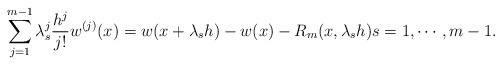
LaTeX: \begin{align*}\sum_{j=1}^{m-1} \lambda_s^j \frac{h^j}{j!} w^{(j)}(x) = w(x+\lambda_s h) - w(x) - R_m(x, \lambda_s h) s = 1, \cdots, m-1.\end{align*}